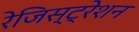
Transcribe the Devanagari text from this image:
रेजिस्ट्रेशन